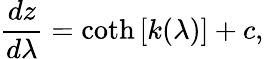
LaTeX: \frac{dz}{d\lambda}=\textrm{coth}\left[k(\lambda)\right]+c,